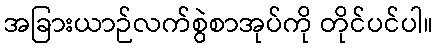
အခြားယာဉ်လက်စွဲစာအုပ်ကို တိုင်ပင်ပါ။